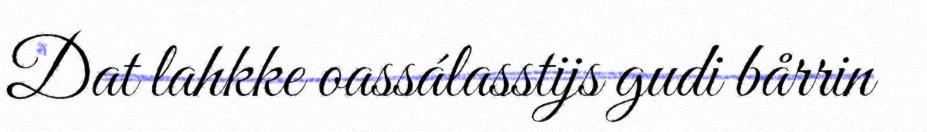
Dat lahkke oassálasstijs gudi bårrin